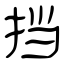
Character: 挡